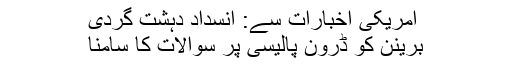
امریکی اخبارات سے: انسداد دہشت گردی
برینن کو ڈرون پالیسی پر سوالات کا سامنا